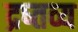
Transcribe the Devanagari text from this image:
द्रष्तव्य